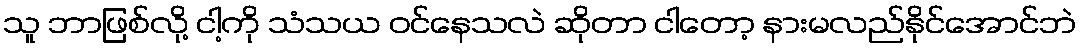
သူ ဘာဖြစ်လို့ ငါ့ကို သံသယ ဝင်နေသလဲ ဆိုတာ ငါတော့ နားမလည်နိုင်အောင်ဘဲ